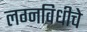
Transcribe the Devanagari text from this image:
लग्नविधीचे